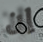
إن